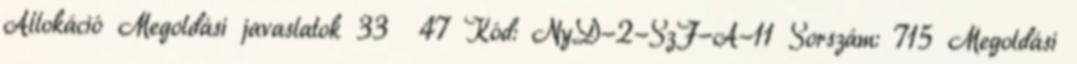
Allokáció Megoldási javaslatok 33 47 Kód: NyD-2-SzF-A-11 Sorszám: 715 Megoldási